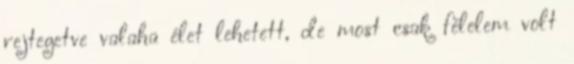
rejtegetve valaha élet lehetett, de most csak félelem volt